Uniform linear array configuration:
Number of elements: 16
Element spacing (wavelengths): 1
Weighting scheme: cosine
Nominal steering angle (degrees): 15
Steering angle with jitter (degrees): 16.234
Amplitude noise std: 0.05
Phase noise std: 0.05

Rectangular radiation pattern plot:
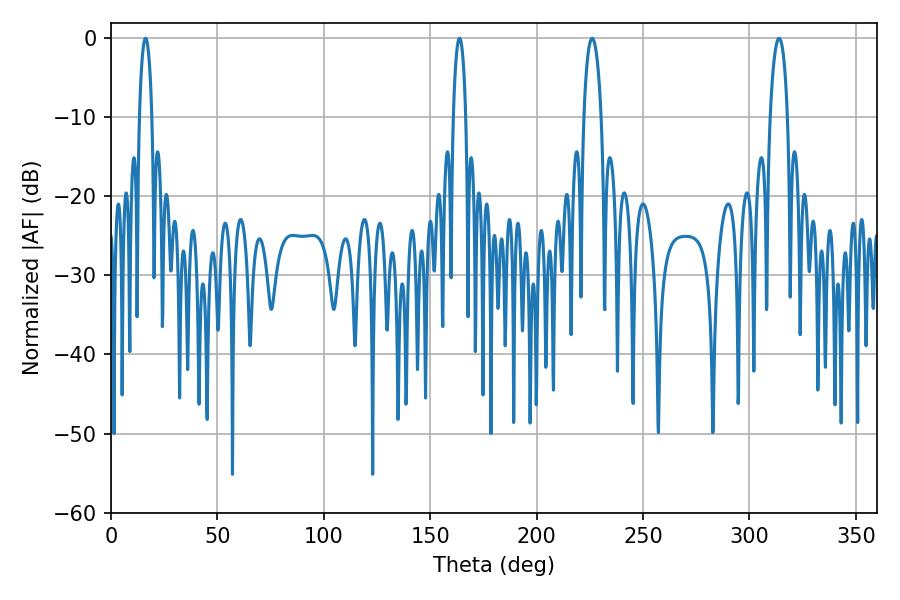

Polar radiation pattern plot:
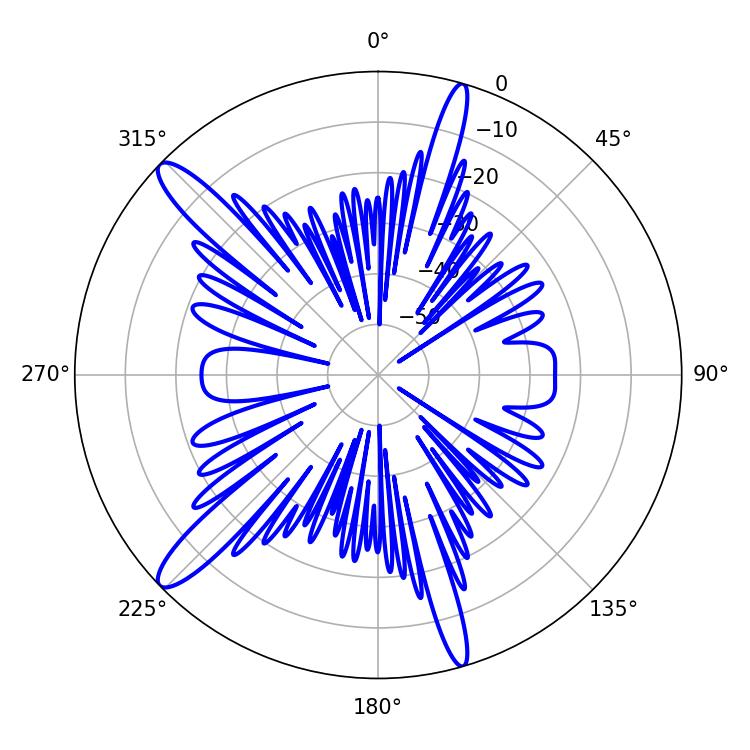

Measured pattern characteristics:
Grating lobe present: TRUE
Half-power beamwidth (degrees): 4.68
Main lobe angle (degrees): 226.08